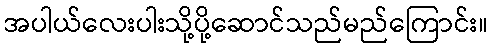
အပါယ်လေးပါးသို့ပို့ဆောင်သည်မည်ကြောင်း။